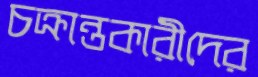
চক্রান্তকারীদের